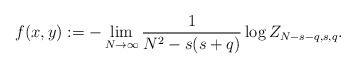
\begin{align*}f(x,y):=-\lim_{N\to\infty}\frac{1}{N^2-s(s+q)}\log Z_{N-s-q,s,q}.\end{align*}